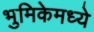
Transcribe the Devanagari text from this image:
भुमिकेमध्ये